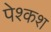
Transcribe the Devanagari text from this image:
पेश्कश